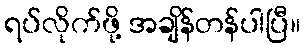
ရပ်လိုက်ဖို့ အချိန်တန်ပါပြီ။